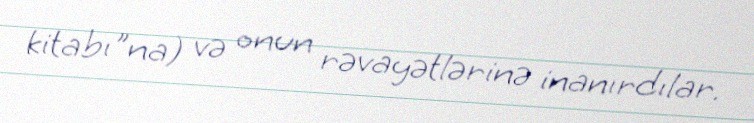
kitabı"na) və onun rəvayətlərinə inanırdılar.